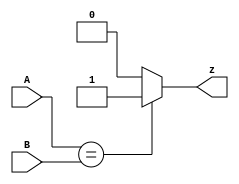
module top_module ( input [1:0] A, input [1:0] B, output z );
    assign z = (A==B)? 1'b1 : 1'b0;
endmodule

/*
module top_module(
	input [1:0] A,
	input [1:0] B,
	output z);

	assign z = (A[1:0]==B[1:0]);	// Comparisons produce a 1 or 0 result.
	
	// Another option is to use a 16-entry truth table ( {A,B} is 4 bits, with 16 combinations ).
	// There are 4 rows with a 1 result.  0000, 0101, 1010, and 1111.

endmodule
*/